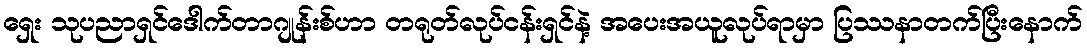
ရှေး သုပညာရှင်ဒေါက်တာဂျုန်းစ်ဟာ တရုတ်လုပ်ငန်းရှင်နဲ့ အပေးအယူလုပ်ရာမှာ ပြဿနာတက်ပြီးနောက်